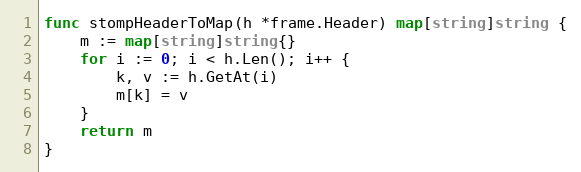
Language: Go
func stompHeaderToMap(h *frame.Header) map[string]string {
	m := map[string]string{}
	for i := 0; i < h.Len(); i++ {
		k, v := h.GetAt(i)
		m[k] = v
	}
	return m
}